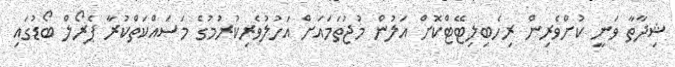
ޝިދާތާ ވަނީ ކުށްވެރިން ރިހެބިލިޓޭޓްކޮށް އަލުން މުޖުތަމައަށް އަހުލުވެރިކުރުމުގެ މަސައްކަތްކުރާ ޕެރޯލް ބޯޑުގައި